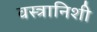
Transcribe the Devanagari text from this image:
वस्त्रानिशी